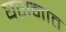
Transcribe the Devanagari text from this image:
घरानात